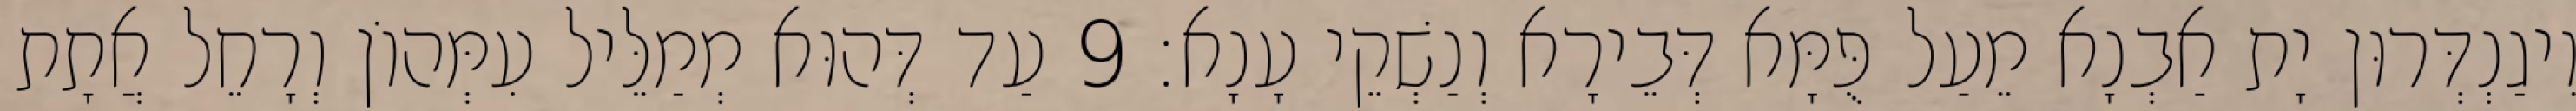
וִיגַנְדְּרוּן יָת אַבְנָא מֵעַל פֻּמָּא דְּבֵירָא וְנַשְׁקֵי עָנָא׃ 9 עַד דְּהוּא מְמַלֵּיל עִמְּהוֹן וְרָחֵל אֲתָת